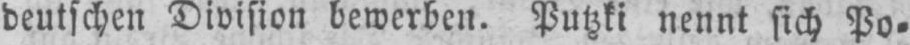
deutschen Division bewerben. Putzki nennt sich Po⸗